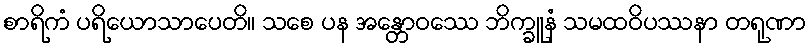
စာရိကံ ပရိယောသာပေတိ။ သစေ ပန အန္တောဝဿေ ဘိက္ခူနံ သမထဝိပဿနာ တရုဏာ